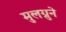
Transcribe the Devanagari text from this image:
मुलग्रुने